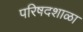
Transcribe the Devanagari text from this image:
परिषदशाळा